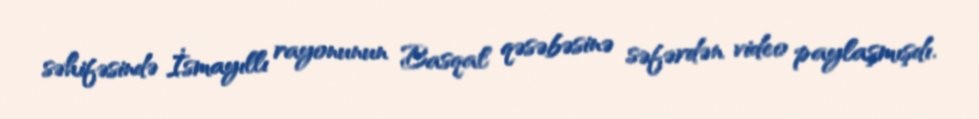
səhifəsində İsmayıllı rayonunun Basqal qəsəbəsinə səfərdən video paylaşmışdı.